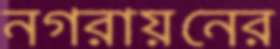
নগরায়নের